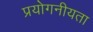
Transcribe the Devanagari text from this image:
प्रयोगनीयता